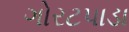
ગોરટપાડા